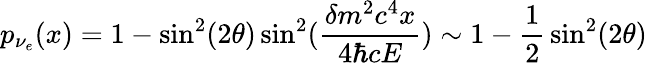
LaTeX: p_{\nu_{e}}(x)=1-\sin^{2}(2\theta)\sin^{2}({\frac{\delta m^{2}c^{4}x}{4\hbar cE}})\sim 1-{\frac{1}{2}}\sin^{2}(2\theta)